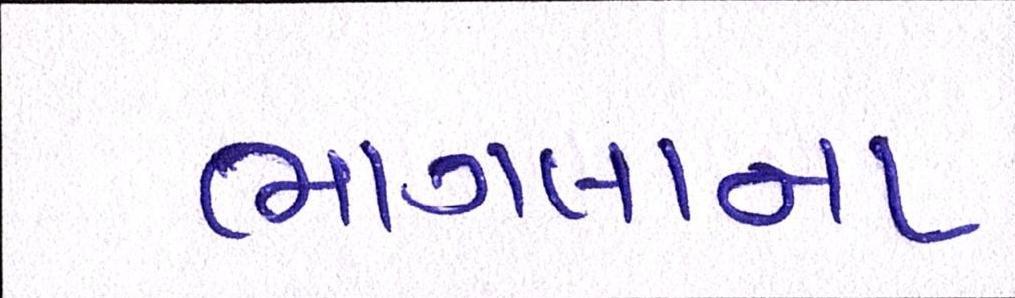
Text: ભાગલાના